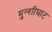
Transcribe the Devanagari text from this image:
मुन्शीघाट